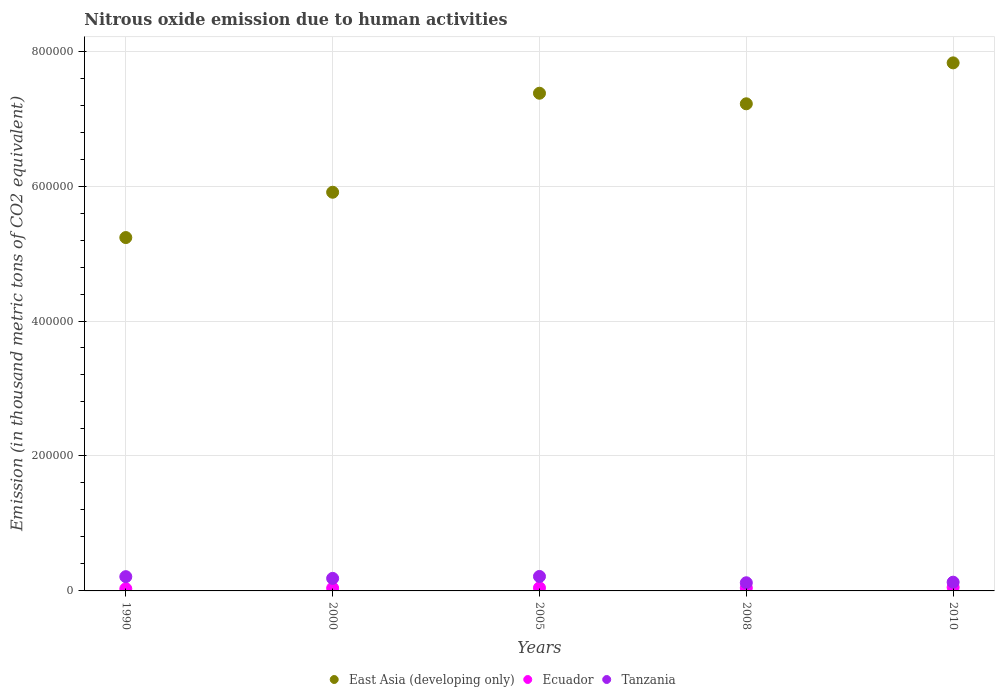
| Years | East Asia (developing only) | Ecuador | Tanzania |
 | --- | --- | --- | --- |
 | 1990 | 5.24e+05 | 3.19e+03 | 2.11e+04 |
 | 2000 | 5.91e+05 | 4.07e+03 | 1.86e+04 |
 | 2005 | 7.38e+05 | 4.56e+03 | 2.14e+04 |
 | 2008 | 7.22e+05 | 4.49e+03 | 1.21e+04 |
 | 2010 | 7.83e+05 | 5.33e+03 | 1.29e+04 |